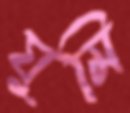
ঘুমি